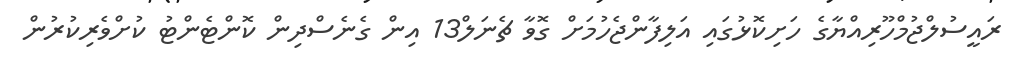
ރައީސުލްޖުމްހޫރިއްޔާގެ ހަށިކޮޅުގައި އަލިފާންޖެހުމަށް ގޮވާ ޗެނަލް13 އިން ގެނެސްދިން ކޮންޓެންޓު ކުށްވެރިކުރުން